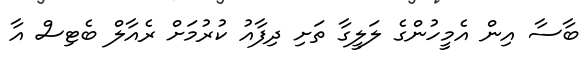
ބާސާ އިން އެމީހުންގެ ލަލީގާ ތަށި ދިފާއު ކުރުމަށް ރެއާލް ބެޓިސް އާ